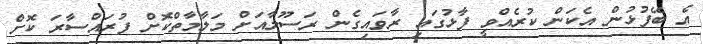
އެ ބޭފުޅުން އެކަން ކުރެއްވީ ފާޅުގައި ރާވައިގެން ރަސޫލާއަށް މަލާމާތްކޮށް ފުރައްސާރަ ކޮށް